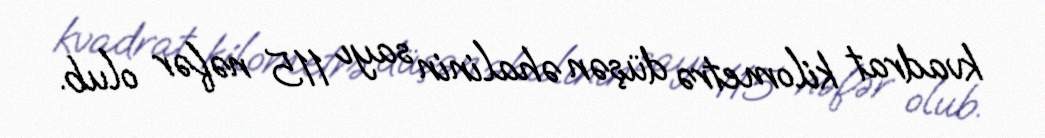
kvadrat kilometrə düşən əhalinin sayı 115 nəfər olub.